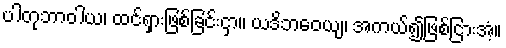
ပါတုဘာဝါယ၊ ထင်ရှားဖြစ်ခြင်းငှာ။ ယဒိဘဝေယျ၊ အကယ်၍ဖြစ်ငြားအံ့။